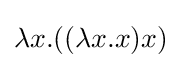
\lambda x.((\lambda x.x)x)